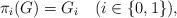
LaTeX: \begin{align*}\pi_i(G) = G_i \quad(i \in \{ 0, 1 \} ),\end{align*}